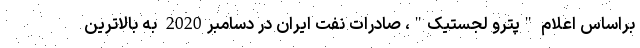
براساس اعلام "پترو لجستیک"، صادرات نفت ایران در دسامبر2020 به بالاترین